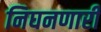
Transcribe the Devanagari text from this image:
निघनणारी